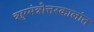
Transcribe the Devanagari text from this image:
ॠग्मंत्रोत्तरकालांत